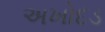
અખોદડ